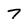
Character: 7